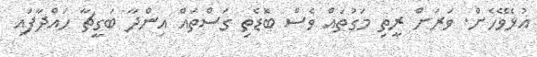
އުޅެވޭހެން. ވަރަށް ރީތި މަގުތައް ވެސް ބޮޑެތި ގަސްތައް އިންދާ ބަގީޗާ ހައްދާފައި